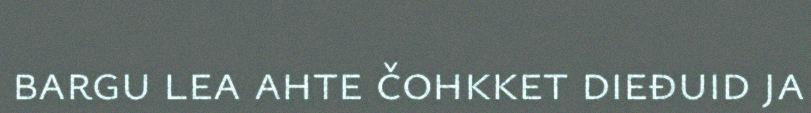
bargu lea ahte čohkket dieđuid ja